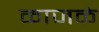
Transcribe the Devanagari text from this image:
काजळे